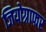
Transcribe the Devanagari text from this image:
जियोग्राफर